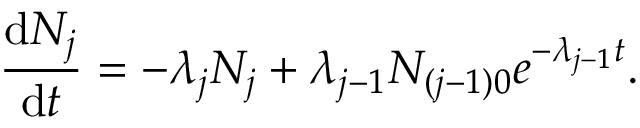
{ \frac { \mathrm { d } N _ { j } } { \mathrm { d } t } } = - \lambda _ { j } N _ { j } + \lambda _ { j - 1 } N _ { ( j - 1 ) 0 } e ^ { - \lambda _ { j - 1 } t } .